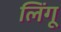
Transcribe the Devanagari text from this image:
लिंगू